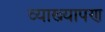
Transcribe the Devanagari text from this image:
व्याख्यापण